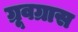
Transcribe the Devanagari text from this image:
ग्रूवग्रास